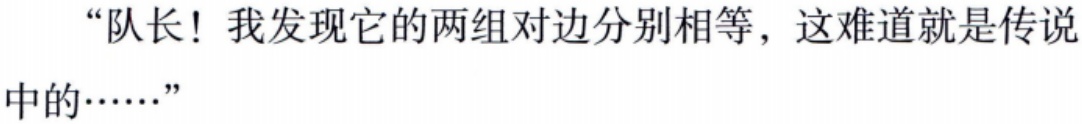
“队长！我发现它的两组对边分别相等，这难道就是传说中的……”